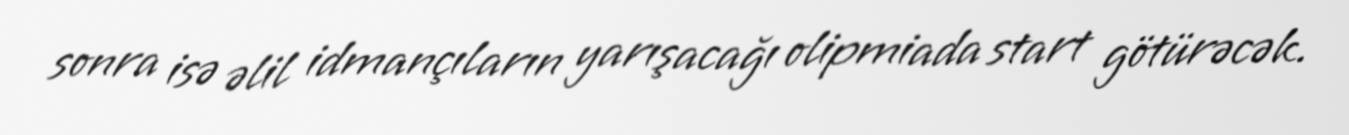
sonra isə əlil idmançıların yarışacağı olipmiada start götürəcək.